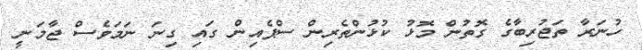
ހުނަރާ ތަޖުރިބާގެ ގޮތުން މޮޅު ކުޅުންތެރިން ސްޕެއިން ގައި ގިނަ ނަމަވެސް ޖާމަނީ